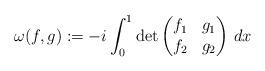
LaTeX: \begin{align*}\omega(f,g):=-i \int_0^1\det\begin{pmatrix}f_1&g_1\\f_2&g_2\end{pmatrix}\,dx\end{align*}